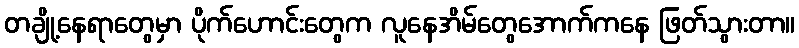
တချို့နေရာတွေမှာ ပိုက်ဟောင်းတွေက လူနေအိမ်တွေအောက်ကနေ ဖြတ်သွားတာ။